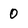
Character: 0